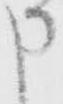
申